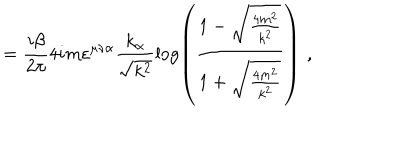
= \frac { i \beta } { 2 \pi } 4 i m \varepsilon ^ { \mu \nu \alpha } \frac { k _ { \alpha } } { \sqrt { k ^ { 2 } } } \log \left( \frac { 1 - \sqrt { \frac { 4 m ^ { 2 } } { k ^ { 2 } } } } { 1 + \sqrt { \frac { 4 m ^ { 2 } } { k ^ { 2 } } } } \right) \, \, ,